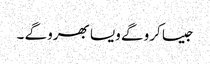
جیسا کرو گے ویسا بھرو گے ۔